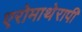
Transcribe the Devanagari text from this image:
एरोमाथेरापी